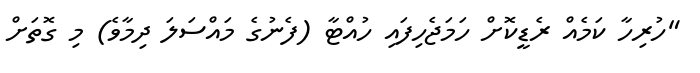
"ހުރިހާ ކަމެއް ރެޑީކޮށް ހަމަޖެހިފައި ހުއްޓާ (ފެނުގެ މައްސަލަ ދިމާވެ) މި ގޮތަށް